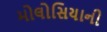
મોલોસિયાની